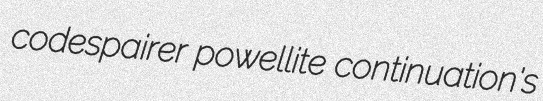
codespairer powellite continuation's